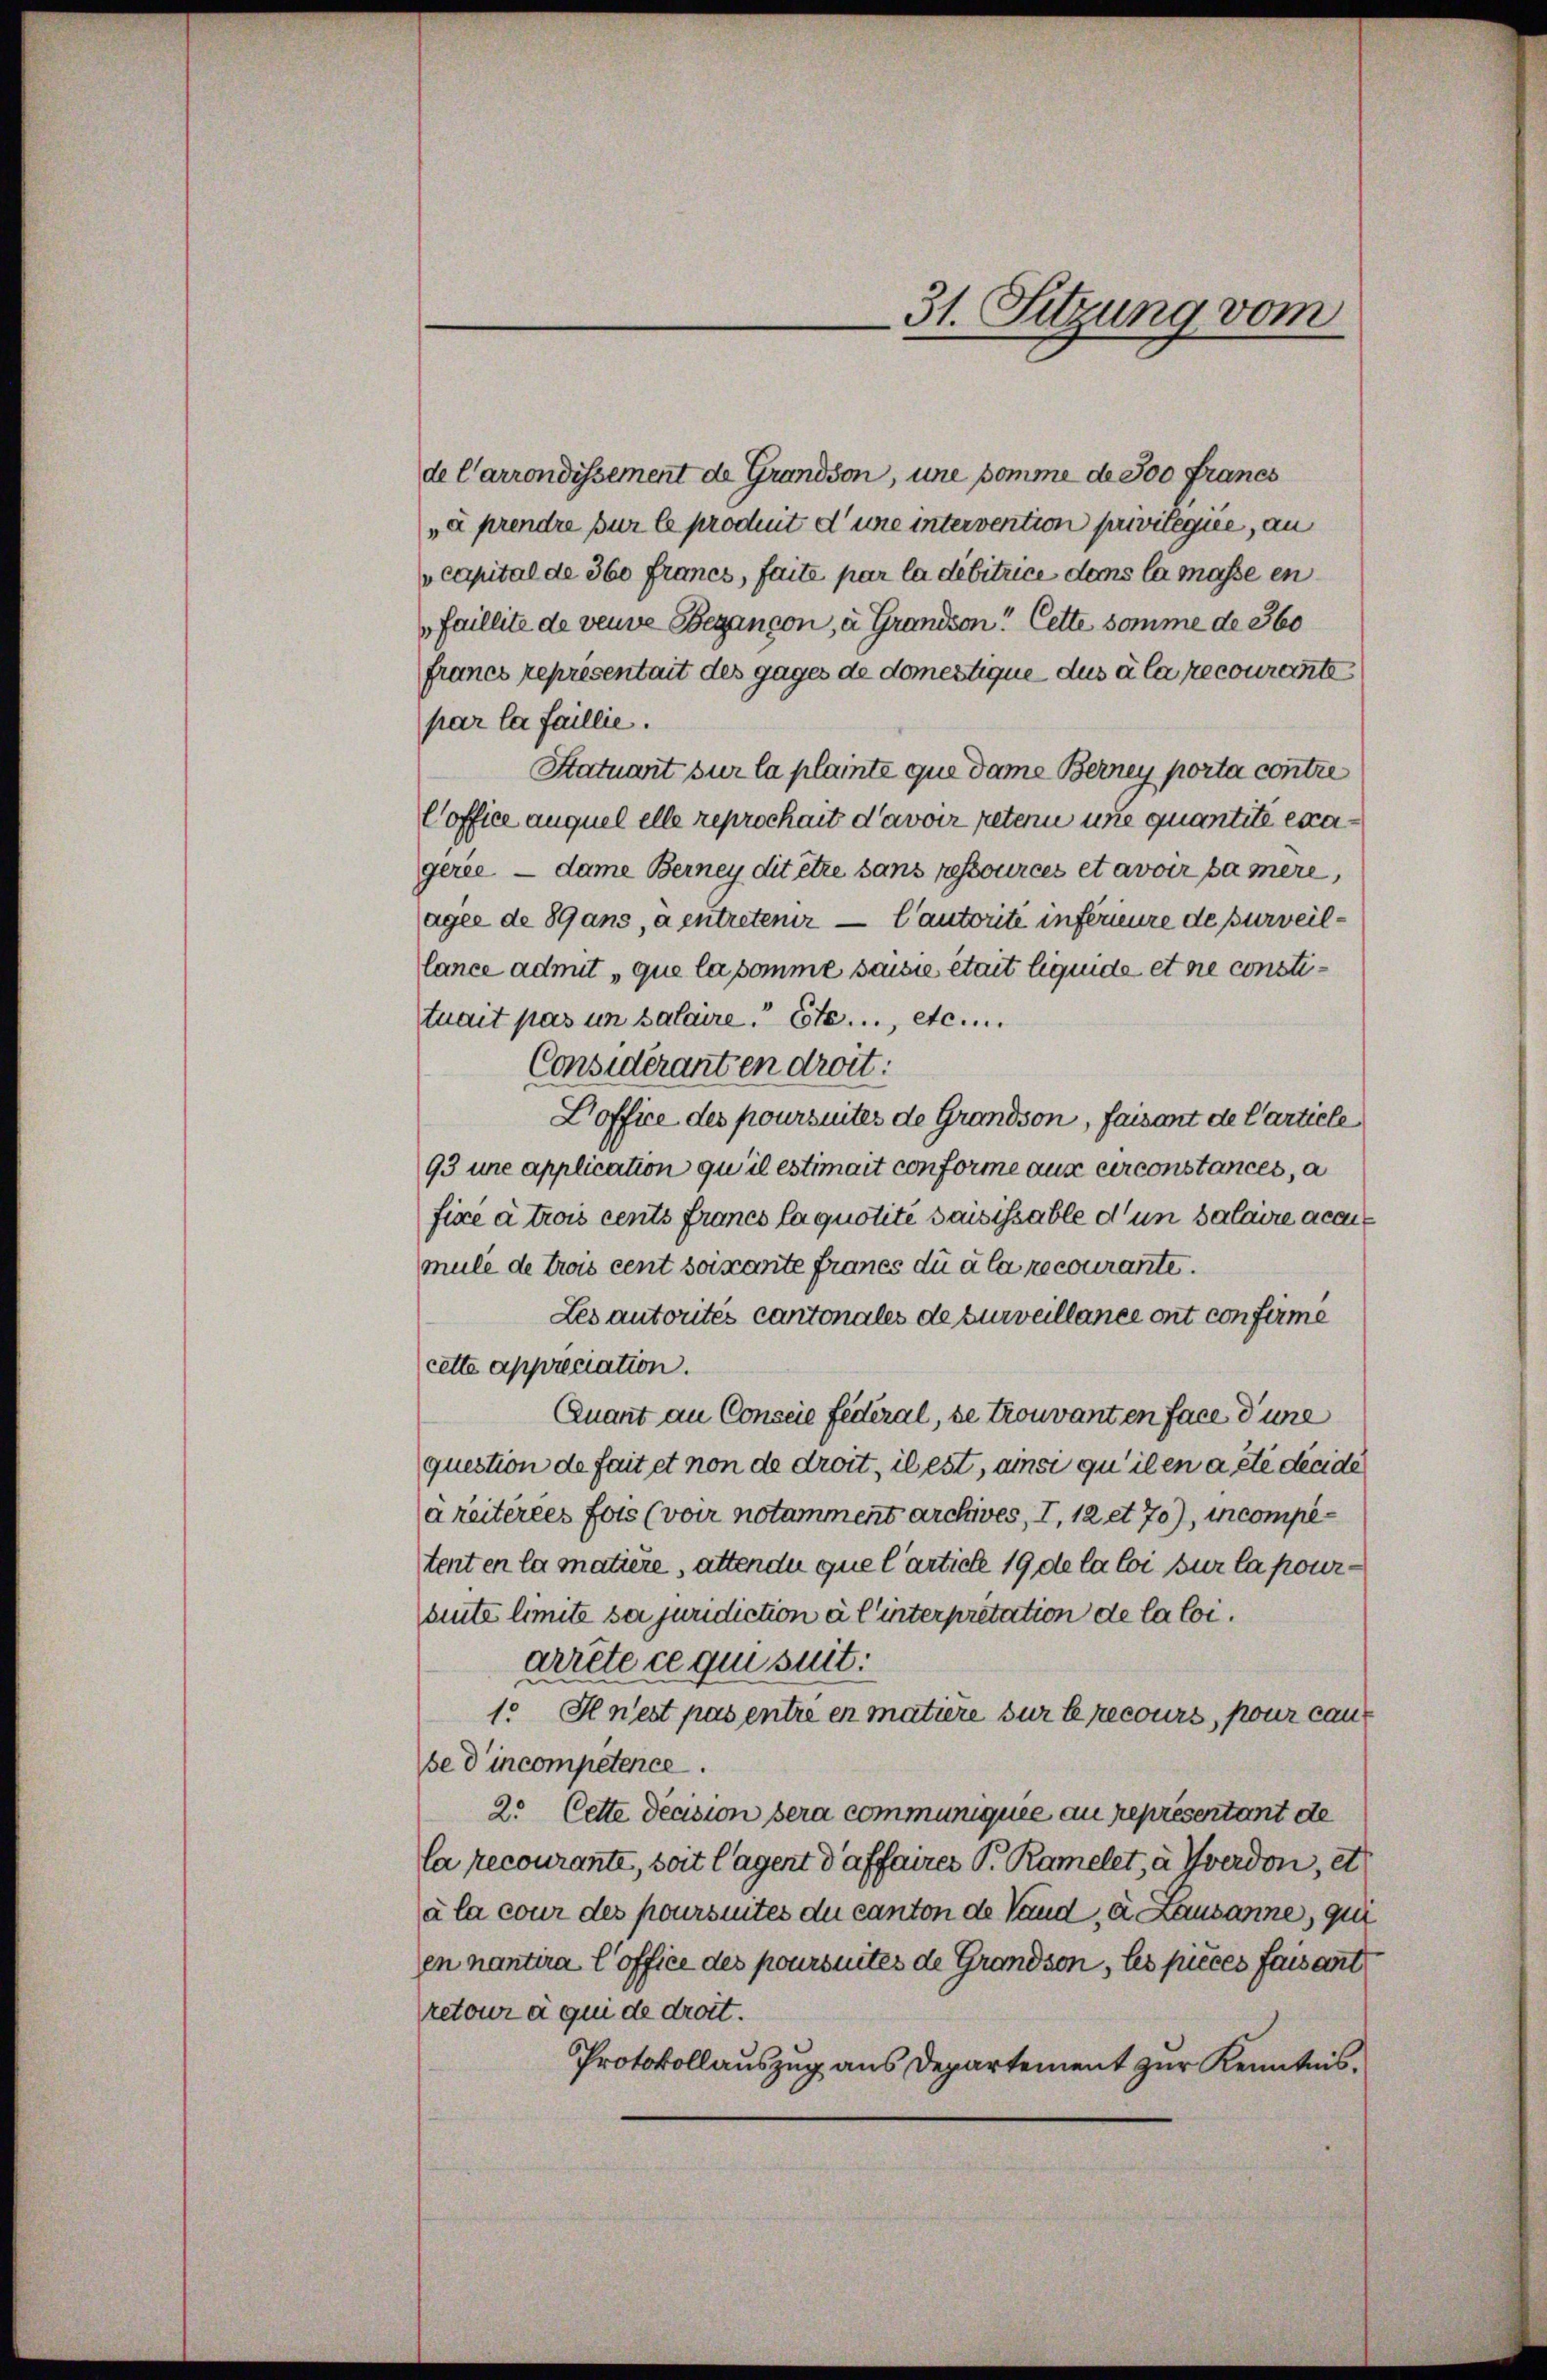
de Carrondissement de Grandson, une somme de 300 Francs
„i prendre sur le produit d’urie intervention privilegien, an
capital de 360 francs, faite par la débitrice dems la masse en
faillite de veuve begançon, à Grandson! Cette somme de 360
francs représentait des gages de domestique dus à la recourente
par la faillie.
Statuart sur la plainte que dame Berney porta contre
Coffice auquel elle reprochait d’avoir retern une quantité exagerie — dame Berney dit etze sans ressources et avoir sa mère,
agee de 89 ans, a entretenir — Cautorité inférieure de surveillance admit que la somme saisie était liquide et ne constitrait pas um salaire. Ete..., etc.
Considéranten droit:
Doffice des poursuites de Grandson, faisant de Carticle
93 une application qu’il estimait conforme aux circonstances, a
fixe à trois cents francs la quotite saisissable d un salaire acais
mule de trois cent soixante franes du à la recourante.
Les autorités cantonales de surveillance ont confirme
cette appréciation.
Quant an Conscie Federal, se trouvanten face d’une
question de fait et non de droit, il est, ansi qu’ilen a été decidi
areiterees fois (voir notamment archives, I, 12 et 70), incompetenten la matière, attende que l’article 19 de la loi sur la pourbeute limite sei juridiction à l’interpretation de la loi.
arrête ce qui suit:
1. Il n’est pas entré en matière sur le recours, pour caus
se d’incompetence.
2. Cette decision sera communiquée au représentant de
la recourante, soit lagent d’affaires P. Ramelet, à Yverdon, et
à la cour des poursuites du canton de Vaud, u. Lausanne, qui
en nantira l’office des poursuites de Grandson, les pieces faisant
retour à qui de droit.
Protokollauszug aus Departement zur Kenntnis.

31. Sitzung vom